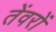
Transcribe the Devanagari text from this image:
तेंवरों